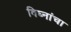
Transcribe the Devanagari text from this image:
विघ्नांचा